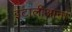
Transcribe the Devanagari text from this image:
इटालीआना